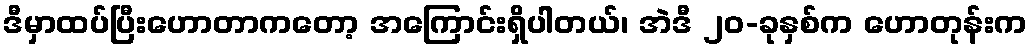
ဒီမှာထပ်ပြီးဟောတာကတော့ အကြောင်းရှိပါတယ်၊ အဲဒီ ၂၀-ခုနှစ်က ဟောတုန်းက